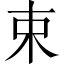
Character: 束